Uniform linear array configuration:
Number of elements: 8
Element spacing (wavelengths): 0.5
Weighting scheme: hamming
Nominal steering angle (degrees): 45
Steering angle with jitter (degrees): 43.203
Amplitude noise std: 0.05
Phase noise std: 0.05

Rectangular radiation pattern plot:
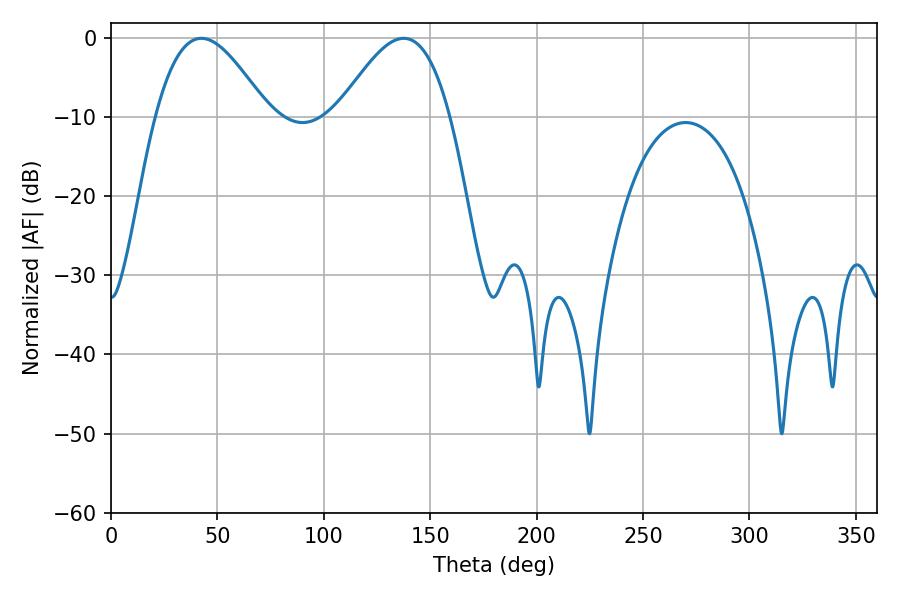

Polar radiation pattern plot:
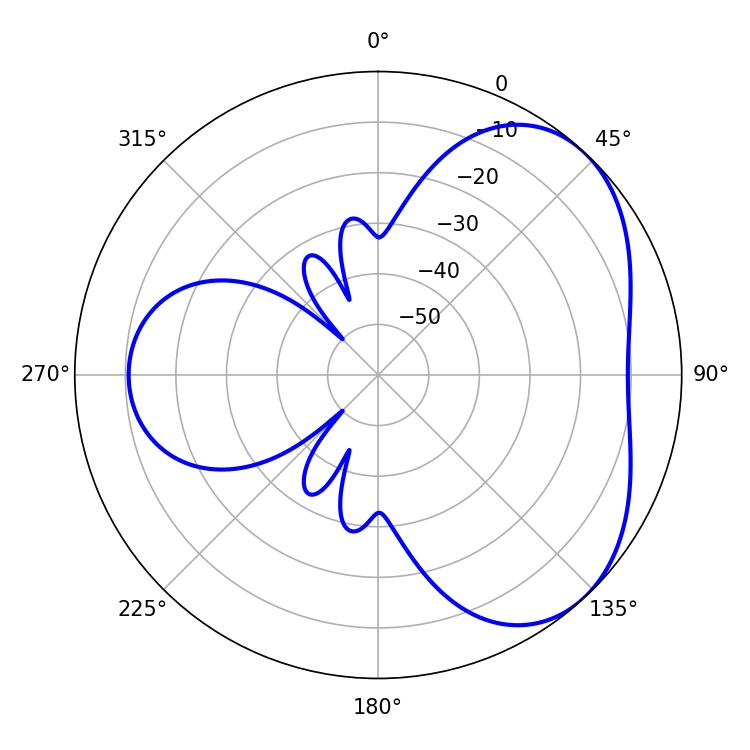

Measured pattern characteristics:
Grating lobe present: FALSE
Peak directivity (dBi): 4.279
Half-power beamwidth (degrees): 28.44
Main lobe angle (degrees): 42.48